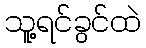
သူ့ရင်ခွင်ထဲ